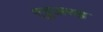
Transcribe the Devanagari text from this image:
एडुअरड